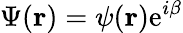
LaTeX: \Psi({\mathbf r})=\psi({\mathbf r})\mathrm{e}^{i\beta}